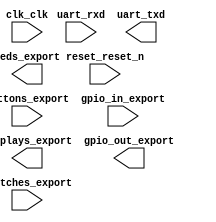

module TimerSoC (
	buttons_export,
	clk_clk,
	displays_export,
	gpio_in_export,
	gpio_out_export,
	leds_export,
	reset_reset_n,
	switches_export,
	uart_rxd,
	uart_txd);	

	input	[1:0]	buttons_export;
	input		clk_clk;
	output	[31:0]	displays_export;
	input	[7:0]	gpio_in_export;
	output	[7:0]	gpio_out_export;
	output	[9:0]	leds_export;
	input		reset_reset_n;
	input	[1:0]	switches_export;
	input		uart_rxd;
	output		uart_txd;
endmodule